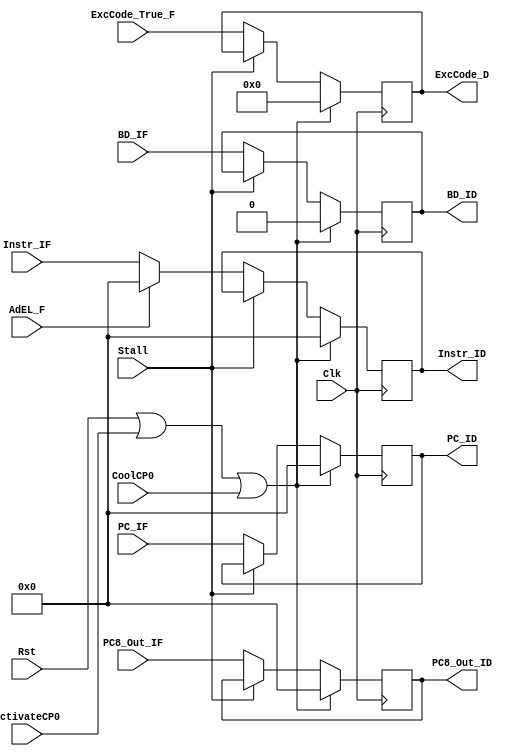
module IF_ID(
    input [31:0] Instr_IF,
    input [31:0] PC8_Out_IF,
    input [31:0] PC_IF,
	 input BD_IF,
	 input Stall,
	 input ActivateCP0,
	 input CoolCP0,
	 input AdEL_F,
    output reg[31:0] Instr_ID,
    output reg[31:0] PC8_Out_ID,
    output reg[31:0] PC_ID,
	 output reg BD_ID,
	 input Clk,
	 input Rst,
	 input[4:0] ExcCode_True_F,
	 output reg[4:0] ExcCode_D
    );
	always@(posedge Clk)begin
		if(Rst||ActivateCP0||CoolCP0)begin
			Instr_ID <= 0;
			PC8_Out_ID <= 0;
			PC_ID <= 0;
			BD_ID <= 0;
			ExcCode_D <= 5'b0;
		end
		else if(~Stall)begin
			if(AdEL_F)begin
				Instr_ID <= 0;
				PC8_Out_ID <= PC8_Out_IF;
				PC_ID <= PC_IF;
				BD_ID <= BD_IF;
				ExcCode_D <= ExcCode_True_F;
			end
			else begin
				Instr_ID <= Instr_IF;
				PC8_Out_ID <= PC8_Out_IF;
				PC_ID <= PC_IF;
				BD_ID <= BD_IF;
				ExcCode_D <= ExcCode_True_F;
			end
		end
	end

endmodule